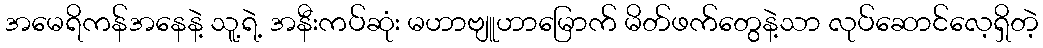
အမေရိကန်အနေနဲ့ သူ့ရဲ့ အနီးကပ်ဆုံး မဟာဗျူဟာမြောက် မိတ်ဖက်တွေနဲ့သာ လုပ်ဆောင်လေ့ရှိတဲ့